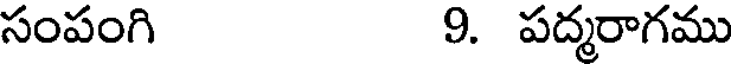
సంపంగి 9. పద్మరాగము